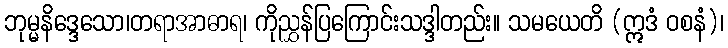
ဘုမ္မနိဒ္ဒေသော၊တရာအာဓာရ၊ ကိုညွှန်ပြကြောင်းသဒ္ဒါတည်း။ သမယေတိ (ဣဒံ ဝစနံ)၊